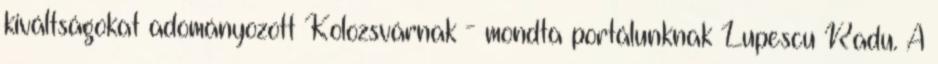
kiváltságokat adományozott Kolozsvárnak - mondta portálunknak Lupescu Radu. A